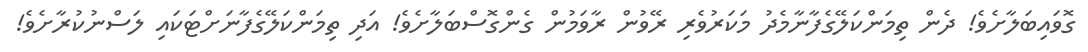
ގޮވައިބަލާށެވެ! ދެން ތިމަންކަލޭގެފާނާމެދު މަކަރުވެރި ރޭވުން ރާވަމުން ގެންގޮސްބަލާށެވެ! އަދި ތިމަންކަލޭގެފާނަށްޓަކައި ލަސްނުކުރާށެވެ!